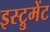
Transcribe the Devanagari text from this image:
इस्ट्रुमेंट